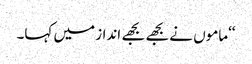
‘‘ماموں نے بجھے بجھے انداز میں کہا۔